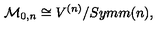
{ \cal M } _ { 0 , n } \cong V ^ { ( n ) } / { S y m m } ( n ) ,